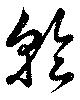
乾